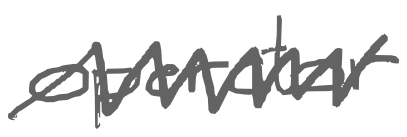
Text: operator
Cross-out: zig-zag
Writing tool: digital_gray